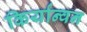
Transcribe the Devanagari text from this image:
किर्यान्वन